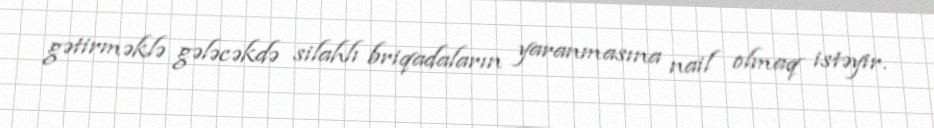
gətirməklə gələcəkdə silahlı briqadaların yaranmasına nail olmaq istəyir.